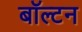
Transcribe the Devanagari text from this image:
बॉल्टन